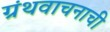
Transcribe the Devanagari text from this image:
ग्रंथवाचनाची